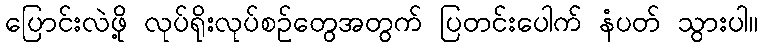
ပြောင်းလဲဖို့ လုပ်ရိုးလုပ်စဉ်တွေအတွက် ပြတင်းပေါက် နံပတ် သွားပါ။